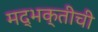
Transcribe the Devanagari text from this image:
मद्भक्तीची